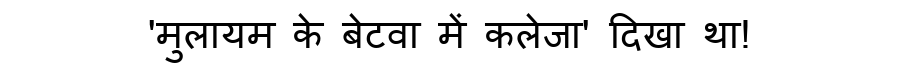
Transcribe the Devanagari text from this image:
'मुलायम के बेटवा में कलेजा' दिखा था!